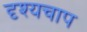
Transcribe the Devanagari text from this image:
दृश्यचाप